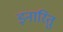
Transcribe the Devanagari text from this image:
इनारितु